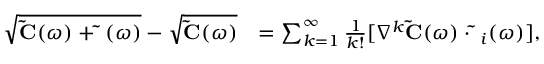
\begin{array} { r l } { \sqrt { \ensuremath { { \bf \tilde { C } } } ( \omega ) + \ensuremath { { \bf \tilde { \Delta } } } ( \omega ) } - \sqrt { \ensuremath { { \bf \tilde { C } } } ( \omega ) } } & { = \sum _ { k = 1 } ^ { \infty } \frac { 1 } { k ! } [ \nabla ^ { k } \ensuremath { { \bf \tilde { C } } } ( \omega ) \cdot \ensuremath { { \bf \tilde { \Delta } } } _ { i } ( \omega ) ] , } \end{array}